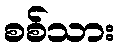
စစ်သား